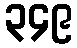
၃၄၉